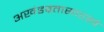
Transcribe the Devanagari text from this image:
अखंडव्रतासारखे